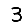
Digit: 3